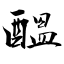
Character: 醞